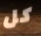
كل